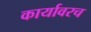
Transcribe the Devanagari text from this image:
कार्यावरच